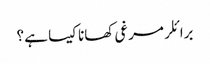
برائلر مرغی کھانا کیسا ہے ؟